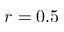
r = 0 . 5